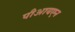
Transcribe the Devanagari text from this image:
पीआयएन